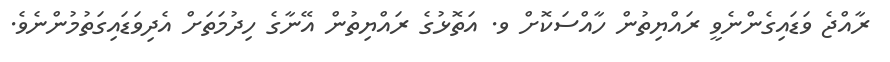
ރާއްޖެ ވަޑައިގެންނެވީ ރައްޔިތުން ހާއްސަކޮށް ވ. އަތޮޅުގެ ރައްޔިތުން އޭނާގެ ހިދުމަތަށް އެދިވަޑައިގަތުމުންނެވެ.